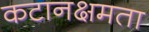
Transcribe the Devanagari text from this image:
कटानक्षमता